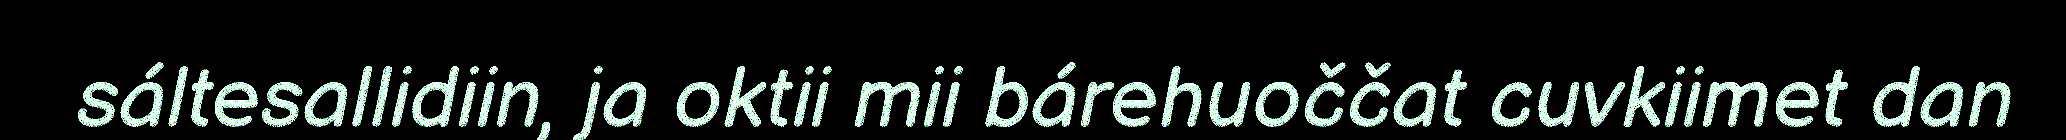
sáltesallidiin, ja oktii mii bárehuoččat cuvkiimet dan